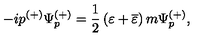
- i p ^ { ( + ) } \Psi _ { p } ^ { ( + ) } = \frac 1 2 \left( \varepsilon + \overline { { \varepsilon } } \right) m \Psi _ { p } ^ { ( + ) } ,